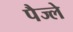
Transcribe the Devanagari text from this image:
पैज्ले